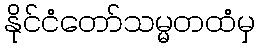
နိုင်ငံတော်သမ္မတထံမှ